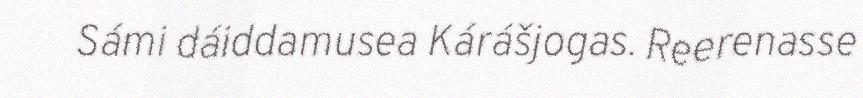
Sámi dáiddamusea Kárášjogas. Reerenasse